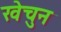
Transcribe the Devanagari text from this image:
खेचुन